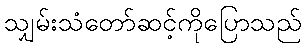
သျှမ်းသံတော်ဆင့်ကိုပြောသည်